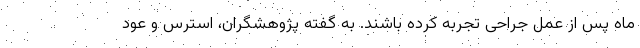
ماه پس از عمل جراحی تجربه کرده باشند. به گفته پژوهشگران، استرس و عود